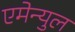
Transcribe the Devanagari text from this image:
एमेन्युल